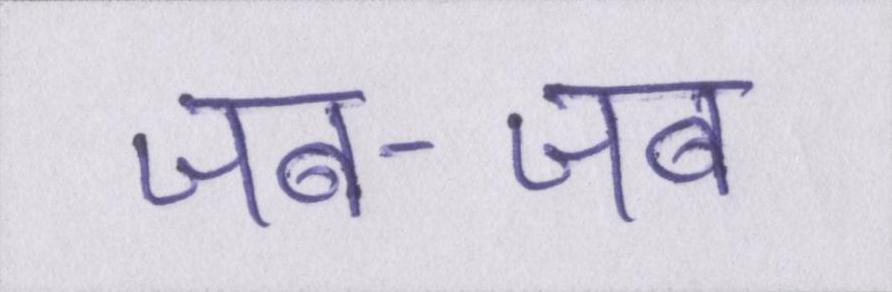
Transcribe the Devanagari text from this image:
जब-जब